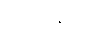
အိုကီနာဝါ